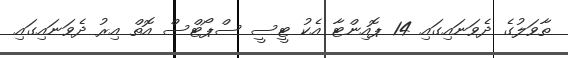
ތާވަލުގެ ދެވަނައިގައި 14 ޕޮއިންޓާ އެކު ޓީސީ ސްޕޯޓްސް އޮތް އިރު ދެވަނައިގައި